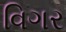
વિગર